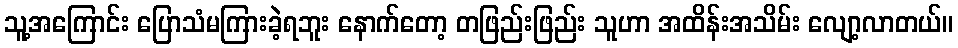
သူ့အကြောင်း ပြောသံမကြားခဲ့ရဘူး နောက်တော့ တဖြည်းဖြည်း သူဟာ အထိန်းအသိမ်း လျော့လာတယ်။